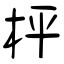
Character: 枰